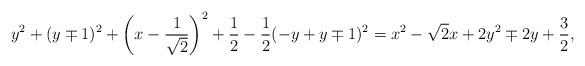
LaTeX: \begin{gather*}y^2+(y\mp1)^2 +\left(x-\frac{1}{\sqrt{2}}\right)^2+\frac{1}{2} -\frac{1}{2}(-y+y\mp1)^2 =x^2-\sqrt{2}x+2y^2\mp2y+\frac{3}{2},\end{gather*}